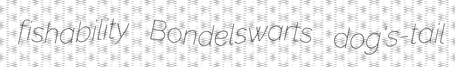
fishability Bondelswarts dog's-tail